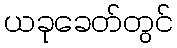
ယခုခေတ်တွင်